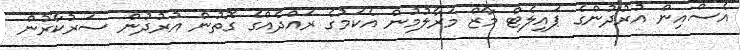
އެސްއިން އުރުދުންގެ ޕައިލެޓް މާޒް މަރާލުމުން އެކަމުގެ ރައްދެއްގެ ގޮތުން އުރުދުން ސަރުކާރުން